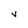
Character: v